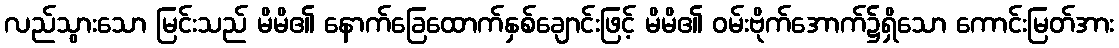
လည်သွားသော မြင်းသည် မိမိ၏ နောက်ခြေထောက်နှစ်ချောင်းဖြင့် မိမိ၏ ဝမ်းဗိုက်အောက်၌ရှိသော ကောင်းမြတ်အား